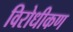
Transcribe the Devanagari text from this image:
विरोधीकण